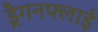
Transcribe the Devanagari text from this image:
ड्रैगनफ्लाई